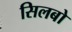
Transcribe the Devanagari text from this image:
सिलबो